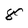
Character: 8